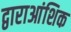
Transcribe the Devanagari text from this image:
द्वाराआंशिक